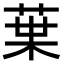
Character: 𫟒